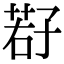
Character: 𫲩